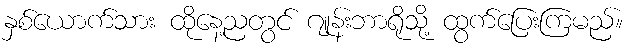
နှစ်ယောက်သား ထိုနေ့ညတွင် ဂျုန်းဘာရိုသို့ ထွက်ပြေးကြမည်။